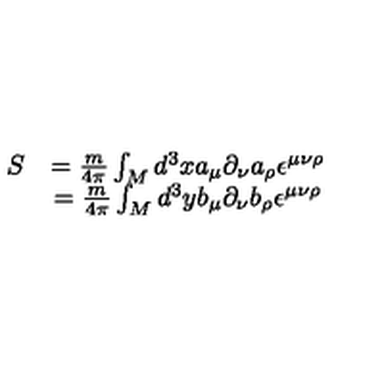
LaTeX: \begin{array} { l c r } { S } & { = { \frac { m } { 4 \pi } } \int _ { M } { d ^ { 3 } x } a _ { \mu } \partial _ { \nu } a _ { \rho } \epsilon ^ { \mu \nu \rho } } \\ { } & { = { \frac { m } { 4 \pi } } \int _ { M } { d ^ { 3 } y } b _ { \mu } \partial _ { \nu } b _ { \rho } \epsilon ^ { \mu \nu \rho } } \\ \end{array}